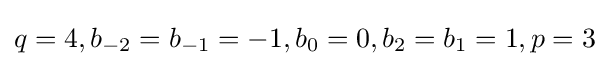
q=4,b_{-2}=b_{-1}=-1,b_{0}=0,b_{2}=b_{1}=1,p=3